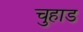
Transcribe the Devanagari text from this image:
चुहाड